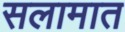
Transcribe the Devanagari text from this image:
सलामात